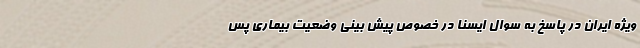
ویژه ایران در پاسخ به سوال ایسنا در خصوص پیش بینی وضعیت بیماری پس